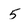
Character: 5